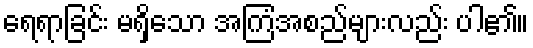
ရေရာခြင်း မရှိသော အကြံအစည်များလည်း ပါ၏။